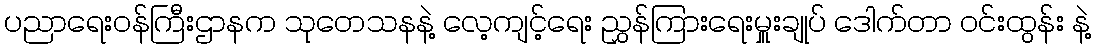
ပညာရေးဝန်ကြီးဌာနက သုတေသနနဲ့ လေ့ကျင့်ရေး ညွှန်ကြားရေးမှူးချုပ် ဒေါက်တာ ဝင်းထွန်း နဲ့